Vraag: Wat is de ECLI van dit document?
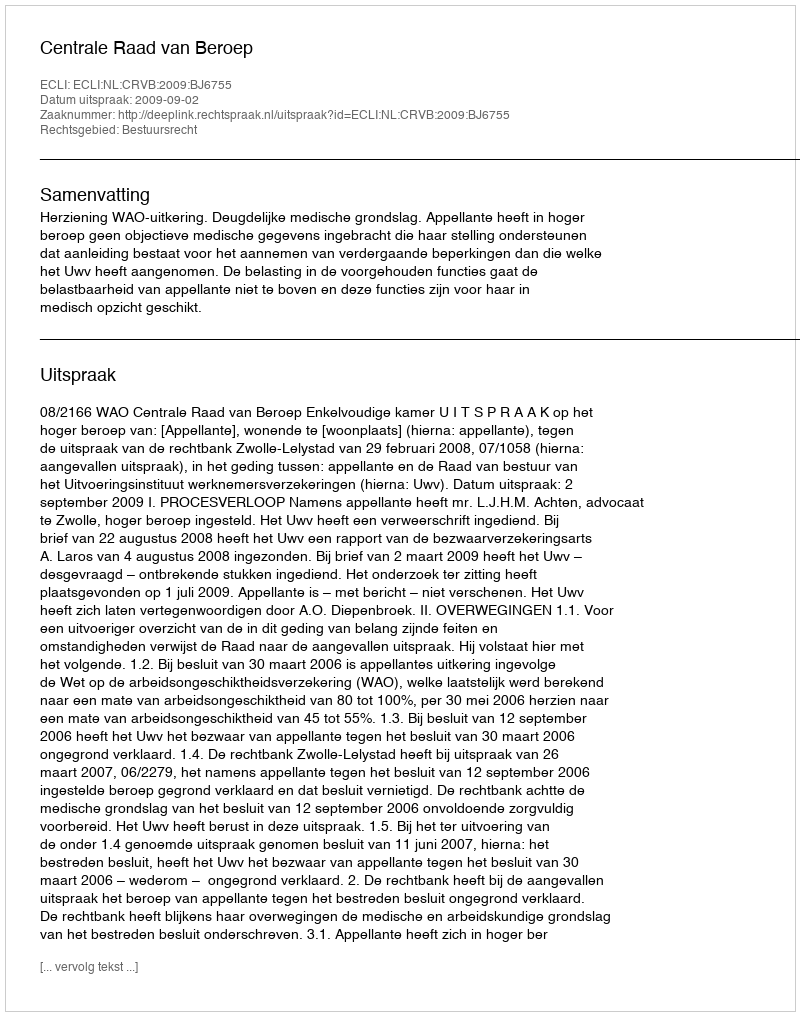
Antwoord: ECLI:NL:CRVB:2009:BJ6755